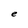
Character: e